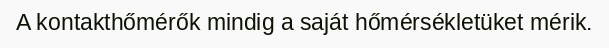
A kontakthőmérők mindig a saját hőmérsékletüket mérik.